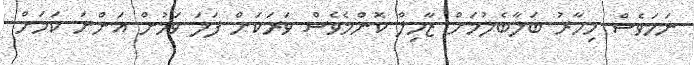
ނަމަވެސް މިހާރު ބަލާބެލުމަށް ޒާހިލް ކޮންމެވެސް ވަރަކަށް ފަލަ ވަމުން އަންނަ ކަމަށް